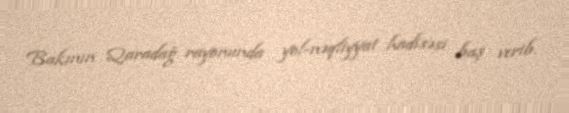
Bakının Qaradağ rayonunda yol-nəqliyyat hadisəsi baş verib.